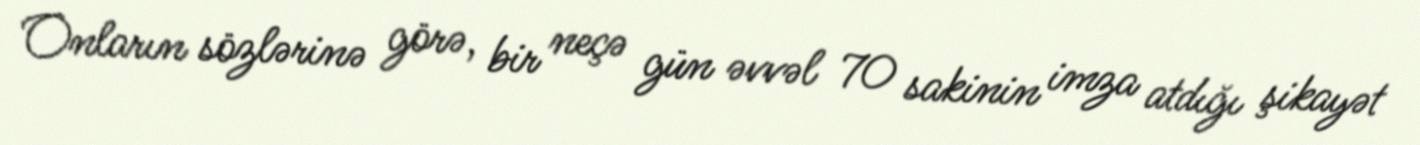
Onların sözlərinə görə, bir neçə gün əvvəl 70 sakinin imza atdığı şikayət